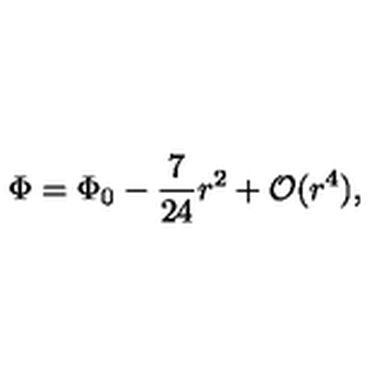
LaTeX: \Phi = \Phi _ { 0 } - \frac { 7 } { 2 4 } r ^ { 2 } + { \cal O } ( r ^ { 4 } ) ,